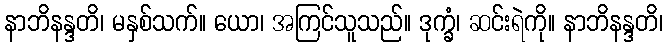
နာဘိနန္ဒတိ၊ မနှစ်သက်။ ယော၊ အကြင်သူသည်။ ဒုက္ခံ၊ ဆင်းရဲကို။ နာဘိနန္ဒတိ၊